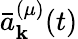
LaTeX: {\bar{a}}_{\mathbf{k}}^{(\mu)}(t)